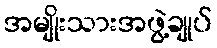
အမျိုးသားအဖွဲ့ချုပ်